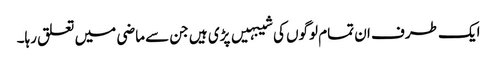
ایک طرف ان تمام لوگوں کی شیبہیں پڑی ہیں جن سے ماضی میں تعلق رہا۔